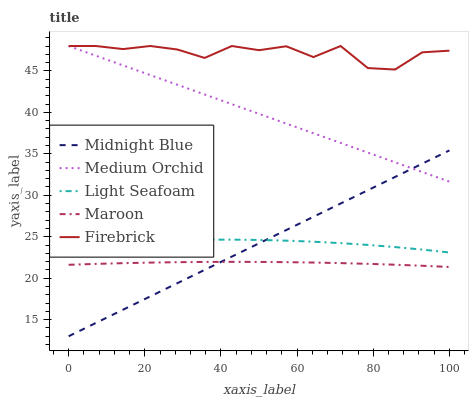
| xaxis_label | Midnight Blue | Medium Orchid | Light Seafoam | Maroon | Firebrick |
 | --- | --- | --- | --- | --- | --- |
 | 0 | 13 | 48 | 24 | 21.6 | 48 |
 | 7.14 | 14.6 | 46.8 | 24.2 | 21.7 | 48 |
 | 14.3 | 16.2 | 45.7 | 24.4 | 21.8 | 47.6 |
 | 21.4 | 17.8 | 44.5 | 24.5 | 21.9 | 48 |
 | 28.6 | 19.4 | 43.3 | 24.6 | 21.9 | 47.6 |
 | 35.7 | 21 | 42.2 | 24.6 | 22 | 46.6 |
 | 42.9 | 22.6 | 41 | 24.7 | 22 | 48 |
 | 50 | 24.2 | 39.8 | 24.6 | 22 | 47.5 |
 | 57.1 | 25.8 | 38.7 | 24.5 | 21.9 | 48 |
 | 64.3 | 27.4 | 37.5 | 24.4 | 21.9 | 46.7 |
 | 71.4 | 29 | 36.3 | 24.2 | 21.8 | 48 |
 | 78.6 | 30.6 | 35.1 | 24 | 21.7 | 45.3 |
 | 85.7 | 32.2 | 34 | 23.8 | 21.6 | 45.2 |
 | 92.9 | 33.8 | 32.8 | 23.5 | 21.5 | 47.2 |
 | 100 | 35.4 | 31.6 | 23.1 | 21.4 | 47.4 |